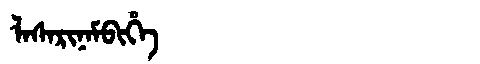
Manchu: ᠯᠠᠰᠠᡵᡳᠨᠠᠮᠪᡳᡥᡝ
Romanization: LASARINAMBIHE